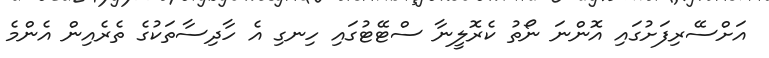
އަށްސޭރިފަށުގައި އޮންނަ ނޯތު ކެރޮލީނާ ސްޓޭޓުގައި ހިނގި އެ ހާދިސާތަކުގެ ތެރެއިން އެންމެ